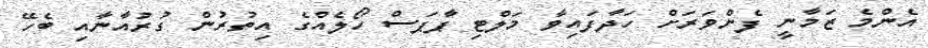
އެންމެ ޒަމާނީ ފެންވަރަށް ހަދާފައިވާ މަލްޓި ޕާޕަސް ހޯލެއްގެ އިތުރުން ގުރުއާނާއި ބެހޭ